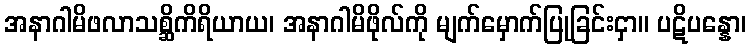
အနာဂါမိဖလာသစ္ဆိကိရိယာယ၊ အနာဂါမိဖိုလ်ကို မျက်မှောက်ပြုခြင်းငှာ။ ပဋိပန္နော၊